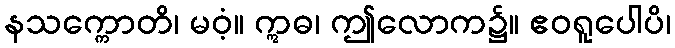
နသက္ကောတိ၊ မဝံ့။ ဣဓ၊ ဤလောက၌။ ဧဝရူပေါပိ၊